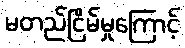
မတည်ငြိမ်မှုကြောင့်